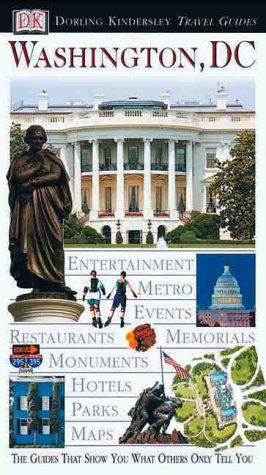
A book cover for Eyewitness Travel Guide to Washington, DC (Eyewitness Travel Guides); Susan Burke; Travel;